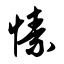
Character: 愫